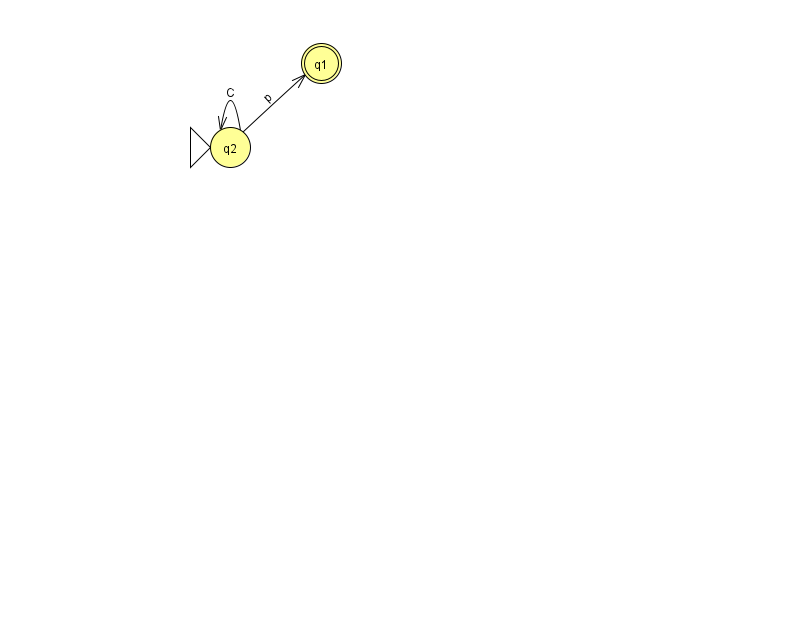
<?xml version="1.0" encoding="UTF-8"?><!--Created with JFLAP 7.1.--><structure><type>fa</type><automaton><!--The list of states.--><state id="1" name="q1"><x>321.0</x><y>50.0</y><final/></state><state id="2" name="q2"><x>230.0</x><y>134.0</y><initial/></state><!--The list of transitions.--><transition><from>2</from><to>2</to><read>C</read></transition><transition><from>2</from><to>1</to><read>p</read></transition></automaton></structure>